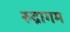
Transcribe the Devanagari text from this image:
रुद्रागम